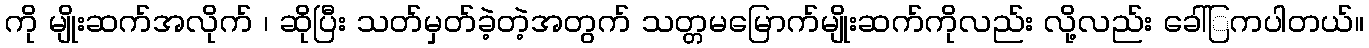
ကို မျိုးဆက်အလိုက် ၊ ဆိုပြီး သတ်မှတ်ခဲ့တဲ့အတွက် သတ္တမမြောက်မျိုးဆက်ကိုလည်း လို့လည်း ခေါ်ြကပါတယ်။